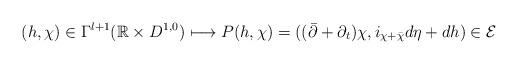
LaTeX: \begin{align*} (h,\chi)\in\Gamma^{l+1}(\mathbb R\times D^{1,0})\longmapsto P(h,\chi)=((\bar\partial +\partial_t)\chi,i_{\chi+\bar\chi}d\eta+dh)\in\mathcal E\end{align*}